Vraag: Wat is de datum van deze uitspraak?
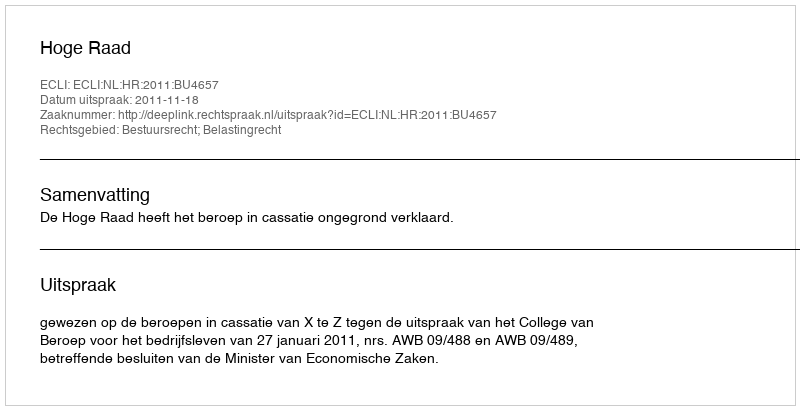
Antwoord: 2011-11-18